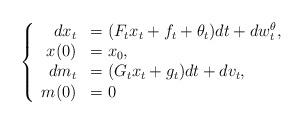
LaTeX: \begin{align*}\left\{\begin{array}[c]{rl}dx_{t} & =(F_{t}x_{t}+f_{t}+\theta_{t})dt+dw_{t}^{\theta},\\x(0) & =x_{0},\\dm_{t} & =(G_{t}{x}_{t}+g_{t})dt+dv_{t},\\m(0) & =0\end{array}\right. \end{align*}